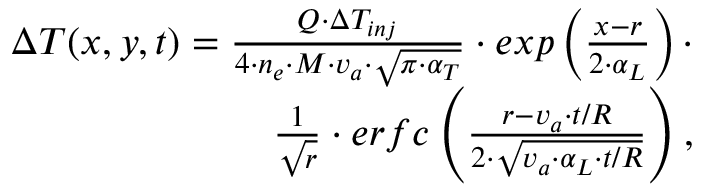
\begin{array} { r } { \Delta T ( x , y , t ) = \frac { Q \cdot \Delta T _ { i n j } } { 4 \cdot n _ { e } \cdot M \cdot v _ { a } \cdot \sqrt { \pi \cdot \alpha _ { T } } } \cdot e x p \left( \frac { x - r } { 2 \cdot \alpha _ { L } } \right) \cdot } \\ { \frac { 1 } { \sqrt { r } } \cdot e r f c \left( \frac { r - v _ { a } \cdot t / R } { 2 \cdot \sqrt { v _ { a } \cdot \alpha _ { L } \cdot t / R } } \right) , } \end{array}